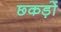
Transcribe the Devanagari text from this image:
छ्कड़ों